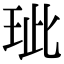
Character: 玼